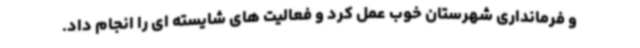
و فرمانداری شهرستان خوب عمل کرد و فعالیت های شایسته ای را انجام داد.